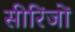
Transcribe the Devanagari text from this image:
सीरिंजों